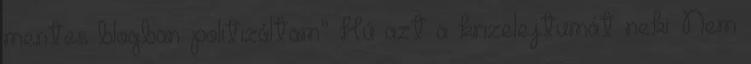
mentes blogban politizáltam” Hú azt a krizelejtumát neki. Nem